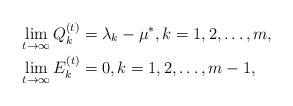
LaTeX: \begin{align*}&\lim_{t\rightarrow\infty} Q_k^{(t)}=\lambda_k-\mu^\ast,k=1,2,\dots,m,\\&\lim_{t\rightarrow\infty} E_k^{(t)}=0,k=1,2,\dots,m-1,\end{align*}